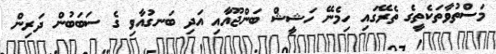
މަސްތުވާތަކެތީގެ ތެރޭގައި ހިމެނޭ ހަޝީޝް ބަންޖޫއާއި އަދި ބަނގުއާވި ގެ ސަބަބުން ދަރިން